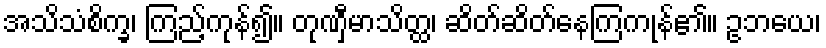
အသိသံစိက္ခ၊ ကြည့်ကုန်၍။ တုဏှီမာသိတ္ထ၊ ဆိတ်ဆိတ်နေကြကုန်၏။ ဥဘယေ၊